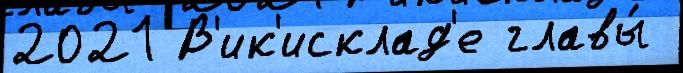
2021 В'ик'исклад'е главы́